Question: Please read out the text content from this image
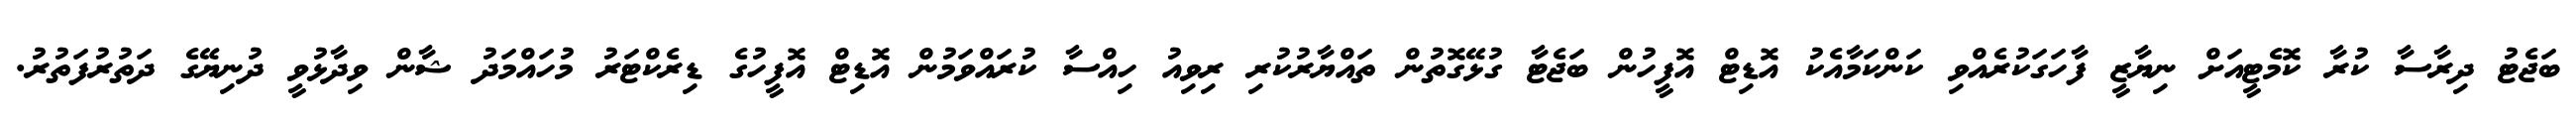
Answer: ބަޖެޓު ދިރާސާ ކުރާ ކޮމެޓީއަށް ނިޔާޒީ ފާހަގަކުރެއްވި ކަންކަމާއެކު އޮޑިޓް އޮފީހުން ބަޖެޓާ ގުޅޭގޮތުން ތައްޔާރުކުރި ރިވިއު ހިއްސާ ކުރައްވަމުން އޮޑިޓް އޮފީހުގެ ޑިރެކްޓަރު މުހައްމަދު ޝާން ވިދާޅުވީ ދުނިޔޭގެ ދަތުރުފަތުރު.